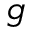
g